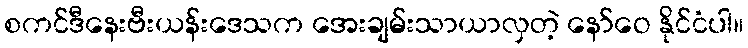
စကင်ဒီနေးဗီးယန်းဒေသက အေးချမ်းသာယာလှတဲ့ နော်ဝေ နိုင်ငံပါ။